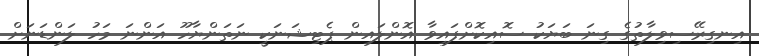
އިނގިރޭސިވިލާތުގެ ގިނަ ބަޔަކު ސޮއިކޮށްފައިވާ އޮންލައިން ޕެޓިޝަނަކީ ނަތަންޔާހޫ އަންނަ މަހު ލަންޑަނަށް